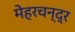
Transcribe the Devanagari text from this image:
मेहरचन्द्र